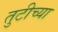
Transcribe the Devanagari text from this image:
तुटीच्या